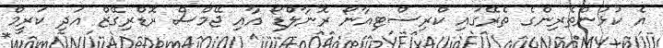
އެ ކުޅުންތެރިންގެ ތެރޭގައި ކްރިސްޓިއާނޯ ރޮނާލްޑޯ އާއި ޖޭމްސް ރޮޑްރިގޭޒް އަދި ކަރީމް